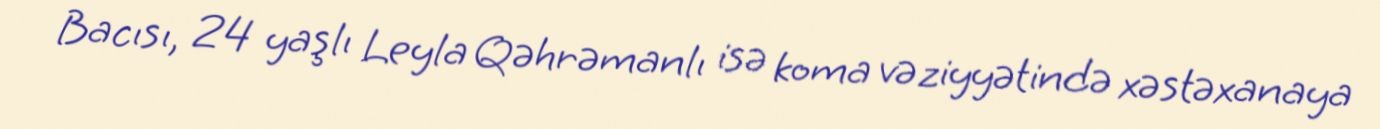
Bacısı, 24 yaşlı Leyla Qəhrəmanlı isə koma vəziyyətində xəstəxanaya